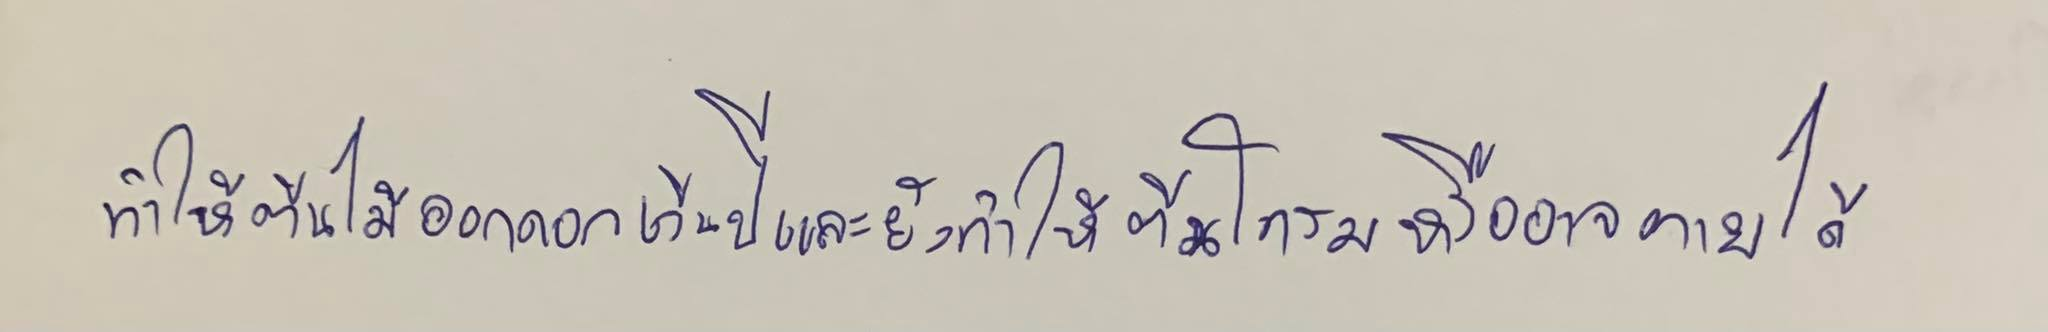
ทำให้ต้นไม้ออกดอกเว้นปีและยังทำให้ต้นโทรมหรืออาจตายได้